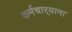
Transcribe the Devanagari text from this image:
कर्मचार्‍याना